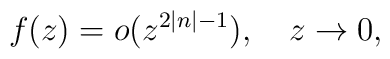
f(z)=o(z^{2\left| n\right| -1}),\quad z\rightarrow 0,